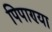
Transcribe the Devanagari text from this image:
पिपाण्या